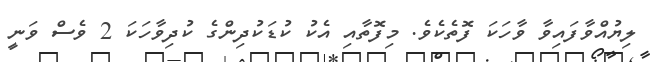
ލިޔުއްވާފައިވާ ވާހަކަ ފޮތެކެވެ. މިފޮތާއި އެކު ކުޑަކުދިންގެ ކުދިވާހަކަ 2 ވެސް ވަނީ